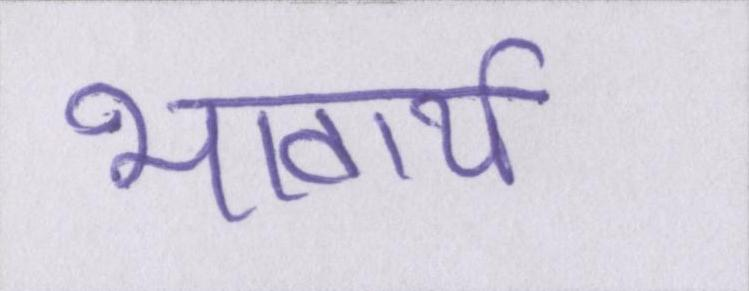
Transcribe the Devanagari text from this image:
भावार्थ